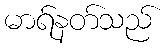
မာရ်နတ်သည်